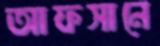
আফসানে